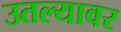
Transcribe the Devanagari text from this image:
उतल्यावर